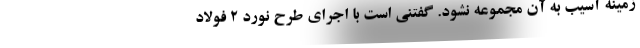
زمینه آسیب به آن مجموعه نشود. گفتنی است با اجرای طرح نورد 2 فولاد